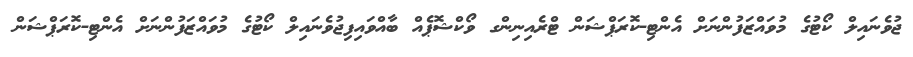
ޖުވެނައިލް ކޯޓުގެ މުވައްޒަފުންނަށް އެންޓި-ކޮރަޕްޝަން ޓްރެއިނިންގ ވޯކްޝޮޕެއް ބާއްވައިފިޖުވެނައިލް ކޯޓުގެ މުވައްޒަފުންނަށް އެންޓި-ކޮރަޕްޝަން